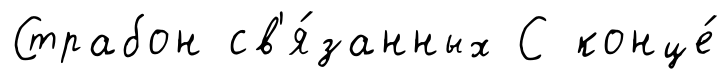
Страбон св'я́занных С конце́